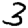
Digit: 3